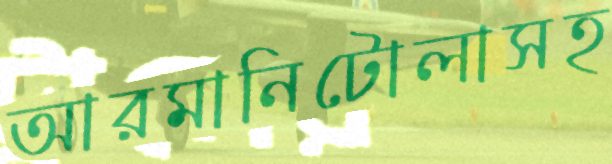
আরমানিটোলাসহ